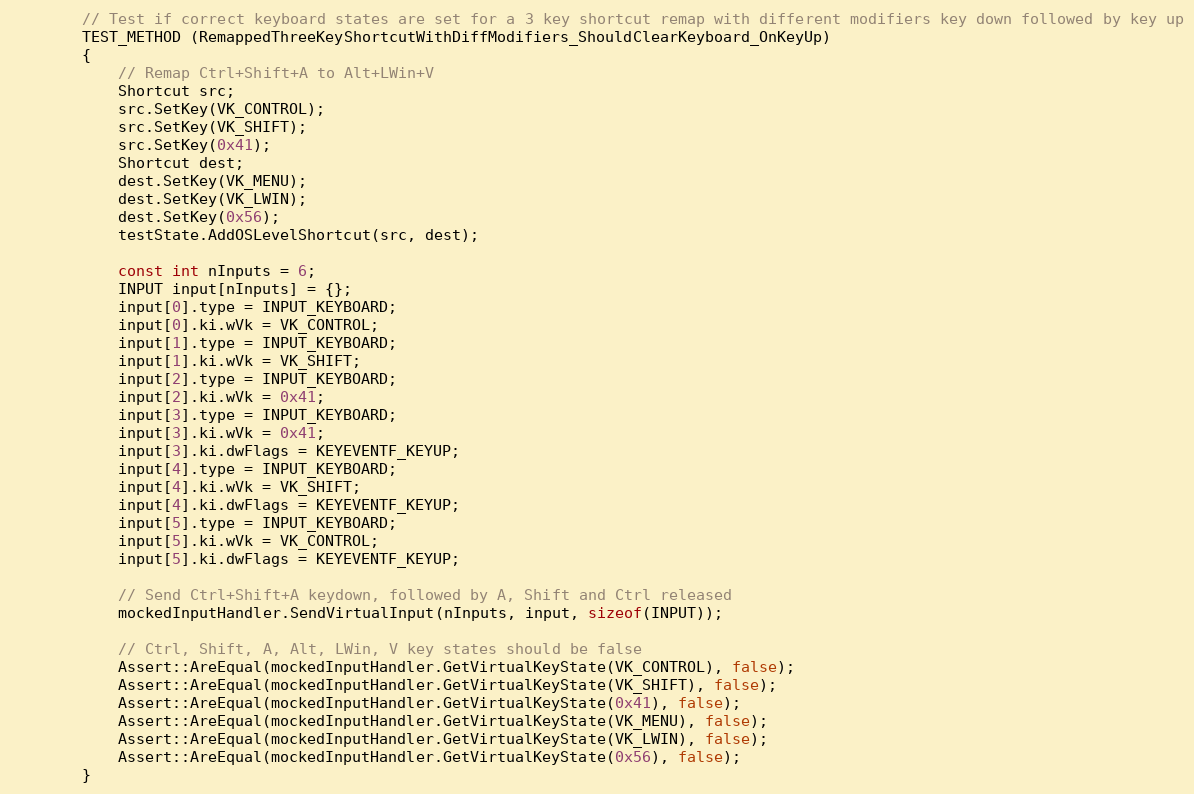
Language: C++
        // Test if correct keyboard states are set for a 3 key shortcut remap with different modifiers key down followed by key up
        TEST_METHOD (RemappedThreeKeyShortcutWithDiffModifiers_ShouldClearKeyboard_OnKeyUp)
        {
            // Remap Ctrl+Shift+A to Alt+LWin+V
            Shortcut src;
            src.SetKey(VK_CONTROL);
            src.SetKey(VK_SHIFT);
            src.SetKey(0x41);
            Shortcut dest;
            dest.SetKey(VK_MENU);
            dest.SetKey(VK_LWIN);
            dest.SetKey(0x56);
            testState.AddOSLevelShortcut(src, dest);

            const int nInputs = 6;
            INPUT input[nInputs] = {};
            input[0].type = INPUT_KEYBOARD;
            input[0].ki.wVk = VK_CONTROL;
            input[1].type = INPUT_KEYBOARD;
            input[1].ki.wVk = VK_SHIFT;
            input[2].type = INPUT_KEYBOARD;
            input[2].ki.wVk = 0x41;
            input[3].type = INPUT_KEYBOARD;
            input[3].ki.wVk = 0x41;
            input[3].ki.dwFlags = KEYEVENTF_KEYUP;
            input[4].type = INPUT_KEYBOARD;
            input[4].ki.wVk = VK_SHIFT;
            input[4].ki.dwFlags = KEYEVENTF_KEYUP;
            input[5].type = INPUT_KEYBOARD;
            input[5].ki.wVk = VK_CONTROL;
            input[5].ki.dwFlags = KEYEVENTF_KEYUP;

            // Send Ctrl+Shift+A keydown, followed by A, Shift and Ctrl released
            mockedInputHandler.SendVirtualInput(nInputs, input, sizeof(INPUT));

            // Ctrl, Shift, A, Alt, LWin, V key states should be false
            Assert::AreEqual(mockedInputHandler.GetVirtualKeyState(VK_CONTROL), false);
            Assert::AreEqual(mockedInputHandler.GetVirtualKeyState(VK_SHIFT), false);
            Assert::AreEqual(mockedInputHandler.GetVirtualKeyState(0x41), false);
            Assert::AreEqual(mockedInputHandler.GetVirtualKeyState(VK_MENU), false);
            Assert::AreEqual(mockedInputHandler.GetVirtualKeyState(VK_LWIN), false);
            Assert::AreEqual(mockedInputHandler.GetVirtualKeyState(0x56), false);
        }